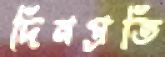
দিনপ্রতি